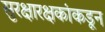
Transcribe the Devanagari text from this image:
सुरक्षारक्षकांकडून